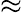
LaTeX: \approx